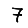
Digit: 7